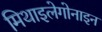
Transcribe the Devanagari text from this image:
मिथाइलेगोनाइन